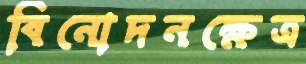
বিনোদনক্ষেত্র